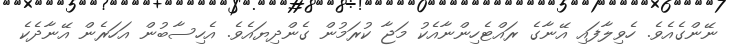
ނޭންގެއެވެ. ހެވިލާފައި އޭނާގެ ރައްޓެހިންނާއެކު މަޖާ ކުރަމުން ގެންދިޔައެވެ. އެހިސާބުން އަހަރެން އޭނާދެކެ